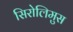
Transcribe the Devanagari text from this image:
सिरोलिमुस